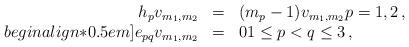
LaTeX: \begin{align*}\begin{array}{rcl} h_{p}v_{m_1,m_2}&=& (m_p-1) v_{m_1,m_2} p=1,2\,,\\begin{align*}0.5em] e_{pq}v_{m_1,m_2}&=&0 1\leq p< q \leq 3 \,,\end{array}\end{align*}